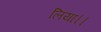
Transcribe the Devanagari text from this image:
लिया।।